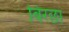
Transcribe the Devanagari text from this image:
बिरछा